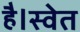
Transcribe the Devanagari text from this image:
है।स्वेत